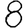
Digit: 8